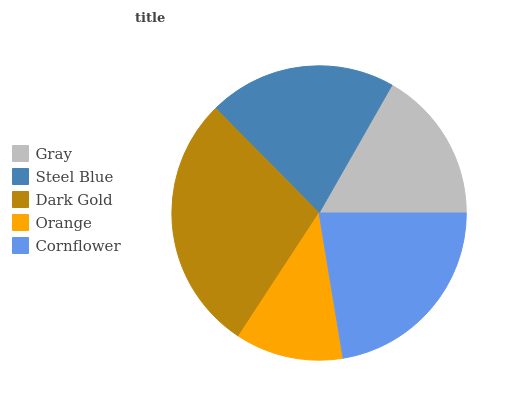
| Gray | Steel Blue | Dark Gold | Orange | Cornflower |
 | --- | --- | --- | --- | --- |
 | 16.7% | 20.7% | 28.3% | 11.8% | 22.4% |